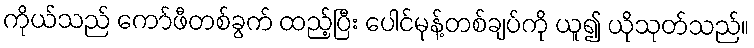
ကိုယ်သည် ကော်ဖီတစ်ခွက် ထည့်ပြီး ပေါင်မုန့်တစ်ချပ်ကို ယူ၍ ယိုသုတ်သည်။